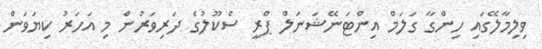
ވިލިމާލޭގައި ހިންގާ ގަލަމް އިންޓަނޭޝަނަލް ޕްރީ ސްކޫލުގެ ދަރިވަރުން މި އަހަރު ކިޔަވަން